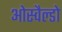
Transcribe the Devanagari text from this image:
ओस्वैल्डो